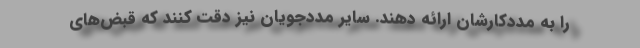
را به مددکارشان ارائه دهند. سایر مددجویان نیز دقت کنند که قبض‌های